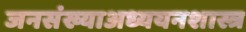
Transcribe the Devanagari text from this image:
जनसंख्याअध्ययनशास्त्र